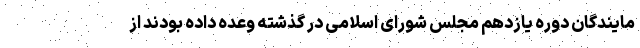
مایندگان دوره یازدهم مجلس شورای اسلامی در گذشته وعده داده بودند از